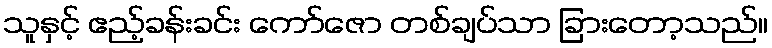
သူနှင့် ဧည့်ခန်းခင်း ကော်ဇော တစ်ချပ်သာ ခြားတော့သည်။